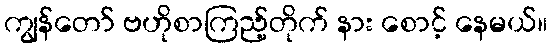
ကျွန်တော် ဗဟိုစာကြည့်တိုက် နား စောင့် နေမယ်။